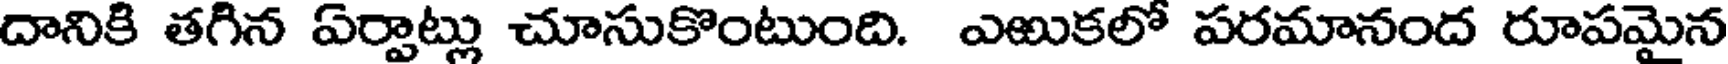
దానికి తగిన ఏర్పాట్లు చూసుకొంటుంది. ఎఱుకలో పరమానంద రూపమైన